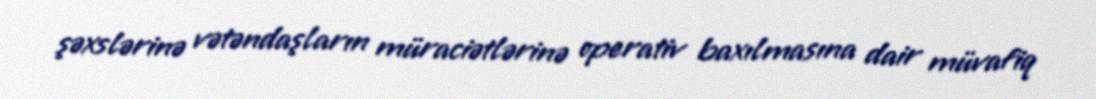
şəxslərinə vətəndaşların müraciətlərinə operativ baxılmasına dair müvafiq